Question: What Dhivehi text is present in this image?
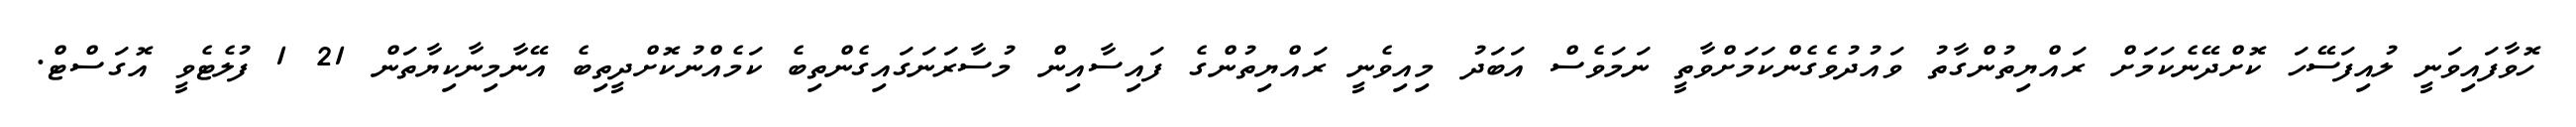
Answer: ހޮވާފައިވަނީ ލުއިފަސޭހަ ކޮށްދޭނެކަމަށް ރައްޔިތުންގާތު ވައުދުވެގެންކަމަށްވާތީ ނަމަވެސް އަބަދު މިއިވެނީ ރައްޔިތުންގެ ފައިސާއިން މުސާރަނަގައިގެންތިބެ ކަމެއްނުކޮށްދީތިބެ އޭނާމިނާކިޔާތަން 21 1 ފުލެޓެވީ އޮގަސްޓް.